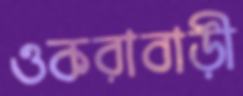
ওকরাবাড়ী